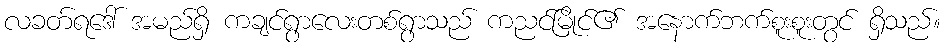
လခတ်ရဒေါ် အမည်ရှိ ကချင်ရွာလေးတစ်ရွာသည် ကညင်မြိုင်၏ အနောက်ဘက်စူးစူးတွင် ရှိသည်။